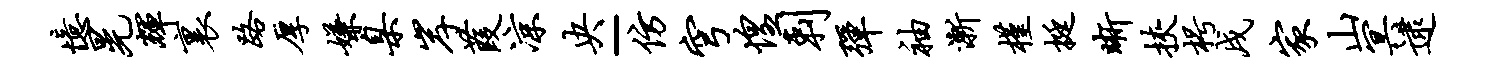
忆晃辉里路厚嫌臬岸葭凉央-仿穹惶剌弹袖渐槿挺晰挟枵戌家山冥逮